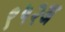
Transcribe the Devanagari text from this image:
९५२अ